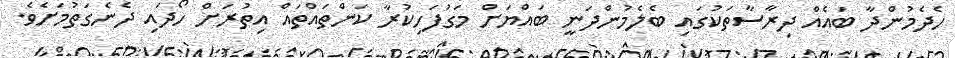
ހެދެމުންދާ ބައެއް ދިރާސާތަކުގައި ބެލެމުންދަނީ ބައްޔަށް މަގުފަހިކުރާ ކަންތައްތައް އިތުރަށް ހޯދައި ދެނެގަތުމަށެވެ.